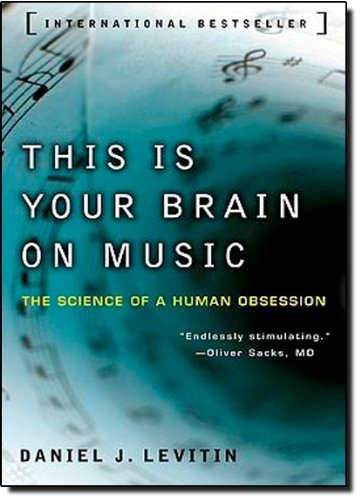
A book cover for This Is Your Brain on Music: The Science of a Human Obsession; Daniel J. Levitin; Arts & Photography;